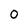
Character: 0